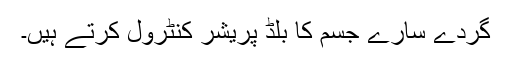
گردے سارے جسم کا بلڈ پریشر کنٹرول کرتے ہیں۔